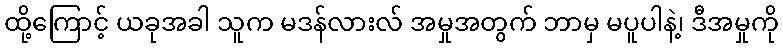
ထို့ကြောင့် ယခုအခါ သူက မဒန်လားလ် အမှုအတွက် ဘာမှ မပူပါနဲ့၊ ဒီအမှုကို